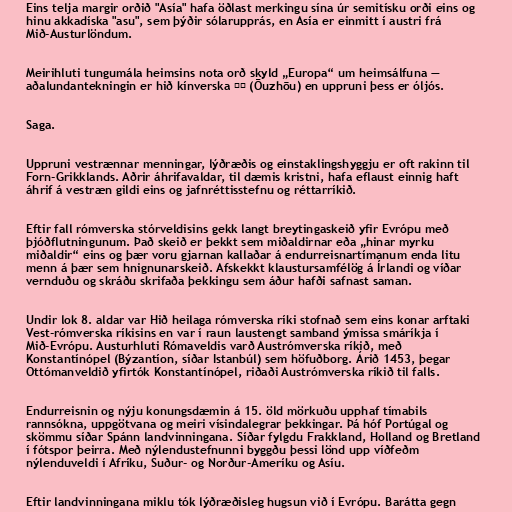
Eins telja margir orðið "Asía" hafa öðlast merkingu sína úr semitísku orði eins og
hinu akkadíska "asu", sem þýðir sólarupprás, en Asía er einmitt í austri frá
Mið-Austurlöndum.

Meirihluti tungumála heimsins nota orð skyld „Europa“ um heimsálfuna —
aðalundantekningin er hið kínverska 欧洲 (Ōuzhōu) en uppruni þess er óljós.

Saga.

Uppruni vestrænnar menningar, lýðræðis og einstaklingshyggju er oft rakinn til
Forn-Grikklands. Aðrir áhrifavaldar, til dæmis kristni, hafa eflaust einnig haft
áhrif á vestræn gildi eins og jafnréttisstefnu og réttarríkið.

Eftir fall rómverska stórveldisins gekk langt breytingaskeið yfir Evrópu með
þjóðflutningunum. Það skeið er þekkt sem miðaldirnar eða „hinar myrku
miðaldir“ eins og þær voru gjarnan kallaðar á endurreisnartímanum enda litu
menn á þær sem hnignunarskeið. Afskekkt klaustursamfélög á Írlandi og víðar
vernduðu og skráðu skrifaða þekkingu sem áður hafði safnast saman.

Undir lok 8. aldar var Hið heilaga rómverska ríki stofnað sem eins konar arftaki
Vest-rómverska ríkisins en var í raun laustengt samband ýmissa smáríkja í
Mið-Evrópu. Austurhluti Rómaveldis varð Austrómverska ríkið, með
Konstantínópel (Býzantíon, síðar Istanbúl) sem höfuðborg. Árið 1453, þegar
Ottómanveldið yfirtók Konstantínópel, riðaði Austrómverska ríkið til falls.

Endurreisnin og nýju konungsdæmin á 15. öld mörkuðu upphaf tímabils
rannsókna, uppgötvana og meiri vísindalegrar þekkingar. Þá hóf Portúgal og
skömmu síðar Spánn landvinningana. Síðar fylgdu Frakkland, Holland og Bretland
í fótspor þeirra. Með nýlendustefnunni byggðu þessi lönd upp víðfeðm
nýlenduveldi í Afríku, Suður- og Norður-Ameríku og Asíu.

Eftir landvinningana miklu tók lýðræðisleg hugsun við í Evrópu. Barátta gegn